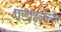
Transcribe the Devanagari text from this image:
पछाड्लेल्या